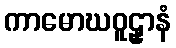
ကာမောဃဝူဠှာနံ